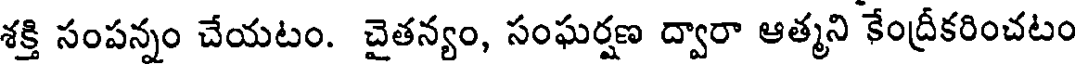
శక్తి సంపన్నం చేయటం. చైతన్యం, సంఘర్షణ ద్వారా ఆత్మని కేంద్రీకరించటం